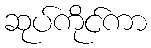
ဆုပ်ကိုင်ကာ